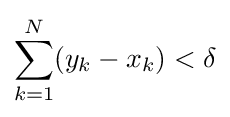
\sum _{k=1}^{N}(y_{k}-x_{k})<\delta